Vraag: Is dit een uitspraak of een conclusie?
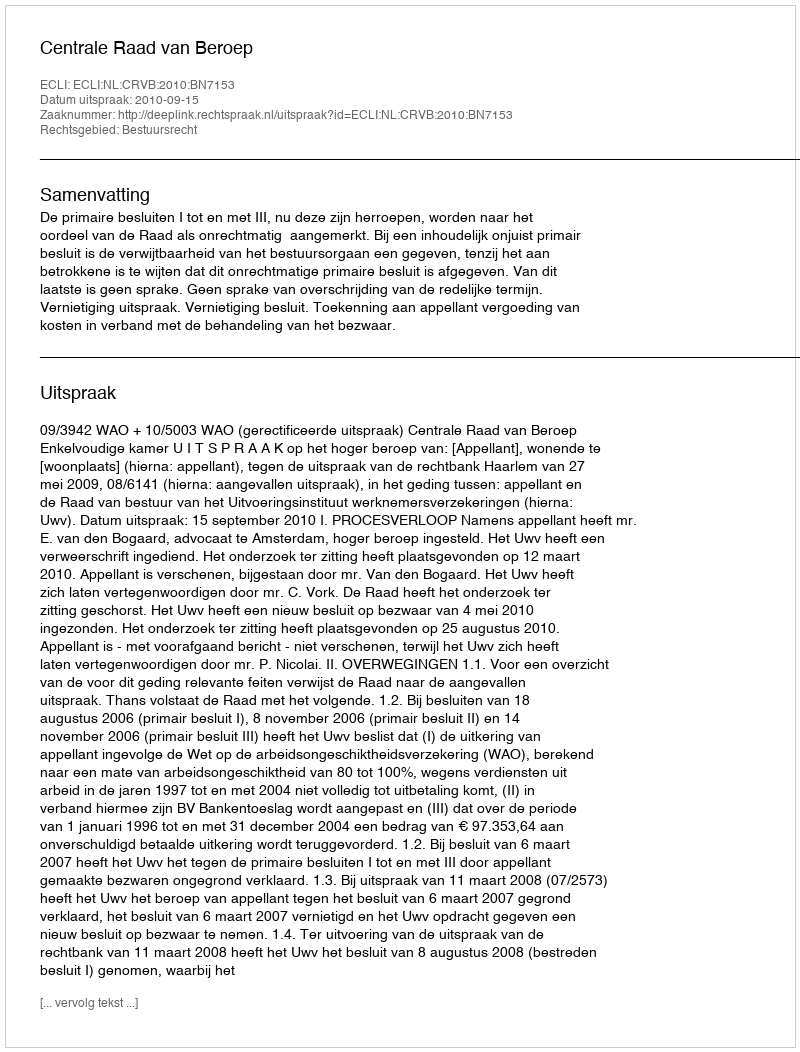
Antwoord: Uitspraak